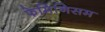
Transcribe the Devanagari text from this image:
फेमिनिसम